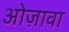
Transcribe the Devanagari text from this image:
ओज़ावा